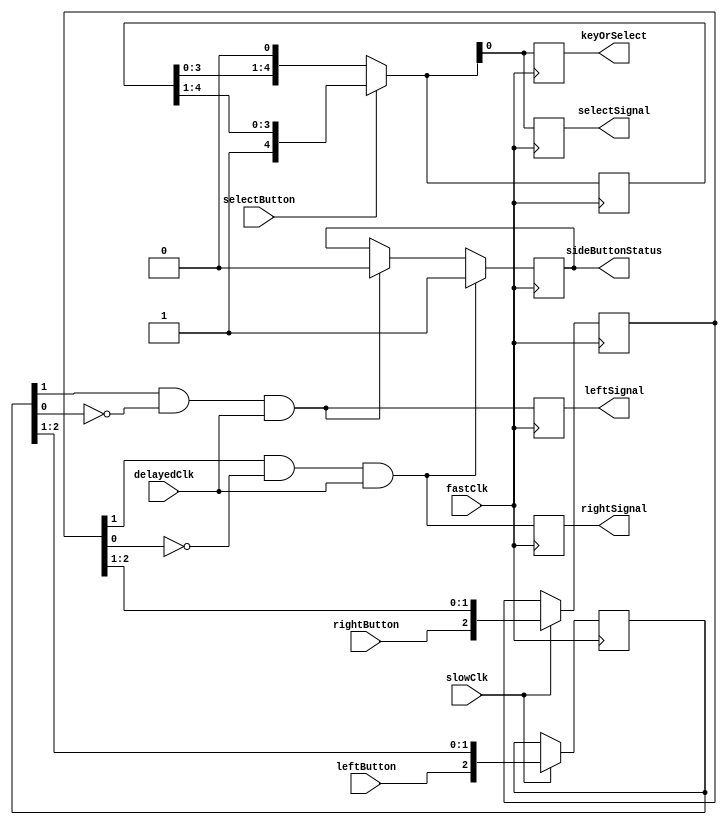
`timescale 1ns / 1ps
//////////////////////////////////////////////////////////////////////////////////
// Company: 
// Engineer: 
// 
// Design Name: 
// Module Name:    Debouncer 
// Project Name: 
// Target Devices: 
// Tool versions: 
// Description: 
//
// Dependencies: 
//
// Revision: 
// Revision 0.01 - File Created
// Additional Comments: 
//
//////////////////////////////////////////////////////////////////////////////////
module Debouncer(
	input rightButton,
	input leftButton,
	input fastClk,
	input slowClk,
	input delayedClk,
	input selectButton,

	output reg rightSignal,
	output reg  leftSignal,
	output reg sideButtonStatus,
	output reg keyOrSelect,
	output reg selectSignal
);
	reg [2:0] leftDebouncer;
	reg [2:0] rightDebouncer;
	reg [4:0] selectDebouncerV2;

	initial begin 
		leftDebouncer <= 3'b000;
		rightDebouncer <= 3'b000;
		selectDebouncerV2 <= 5'b00000;
		rightSignal <= 1'b0;
		leftSignal <= 1'b0;
		sideButtonStatus <= 0; // 0 - Left, 1 - Right
	end
	always @ (posedge fastClk) begin 
		if (slowClk) begin
			rightDebouncer <= {rightButton, rightDebouncer[2:1]};
			leftDebouncer <= {leftButton, leftDebouncer[2:1]};
		end 
	end

	always @ (posedge fastClk) begin
		if (rightDebouncer[1] & ~rightDebouncer[0] & delayedClk) begin 
			sideButtonStatus = 1;
		end else if (leftDebouncer[1] & ~leftDebouncer[0] & delayedClk) begin 
			sideButtonStatus = 0;
		end 	
		rightSignal = rightDebouncer[1] & ~rightDebouncer[0] & delayedClk;
		leftSignal = leftDebouncer[1] & ~leftDebouncer[0] & delayedClk;
		
		if (selectButton)begin 
			keyOrSelect = 1;
			selectDebouncerV2 = {1'b1, selectDebouncerV2[4:1]};
		end else begin
			keyOrSelect = 0;
			selectDebouncerV2 = {selectDebouncerV2[3:0], 1'b0};

		end
		keyOrSelect = selectDebouncerV2[0];

		selectSignal = selectDebouncerV2[0];
	end
endmodule